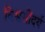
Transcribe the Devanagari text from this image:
विश्वसौंदर्य